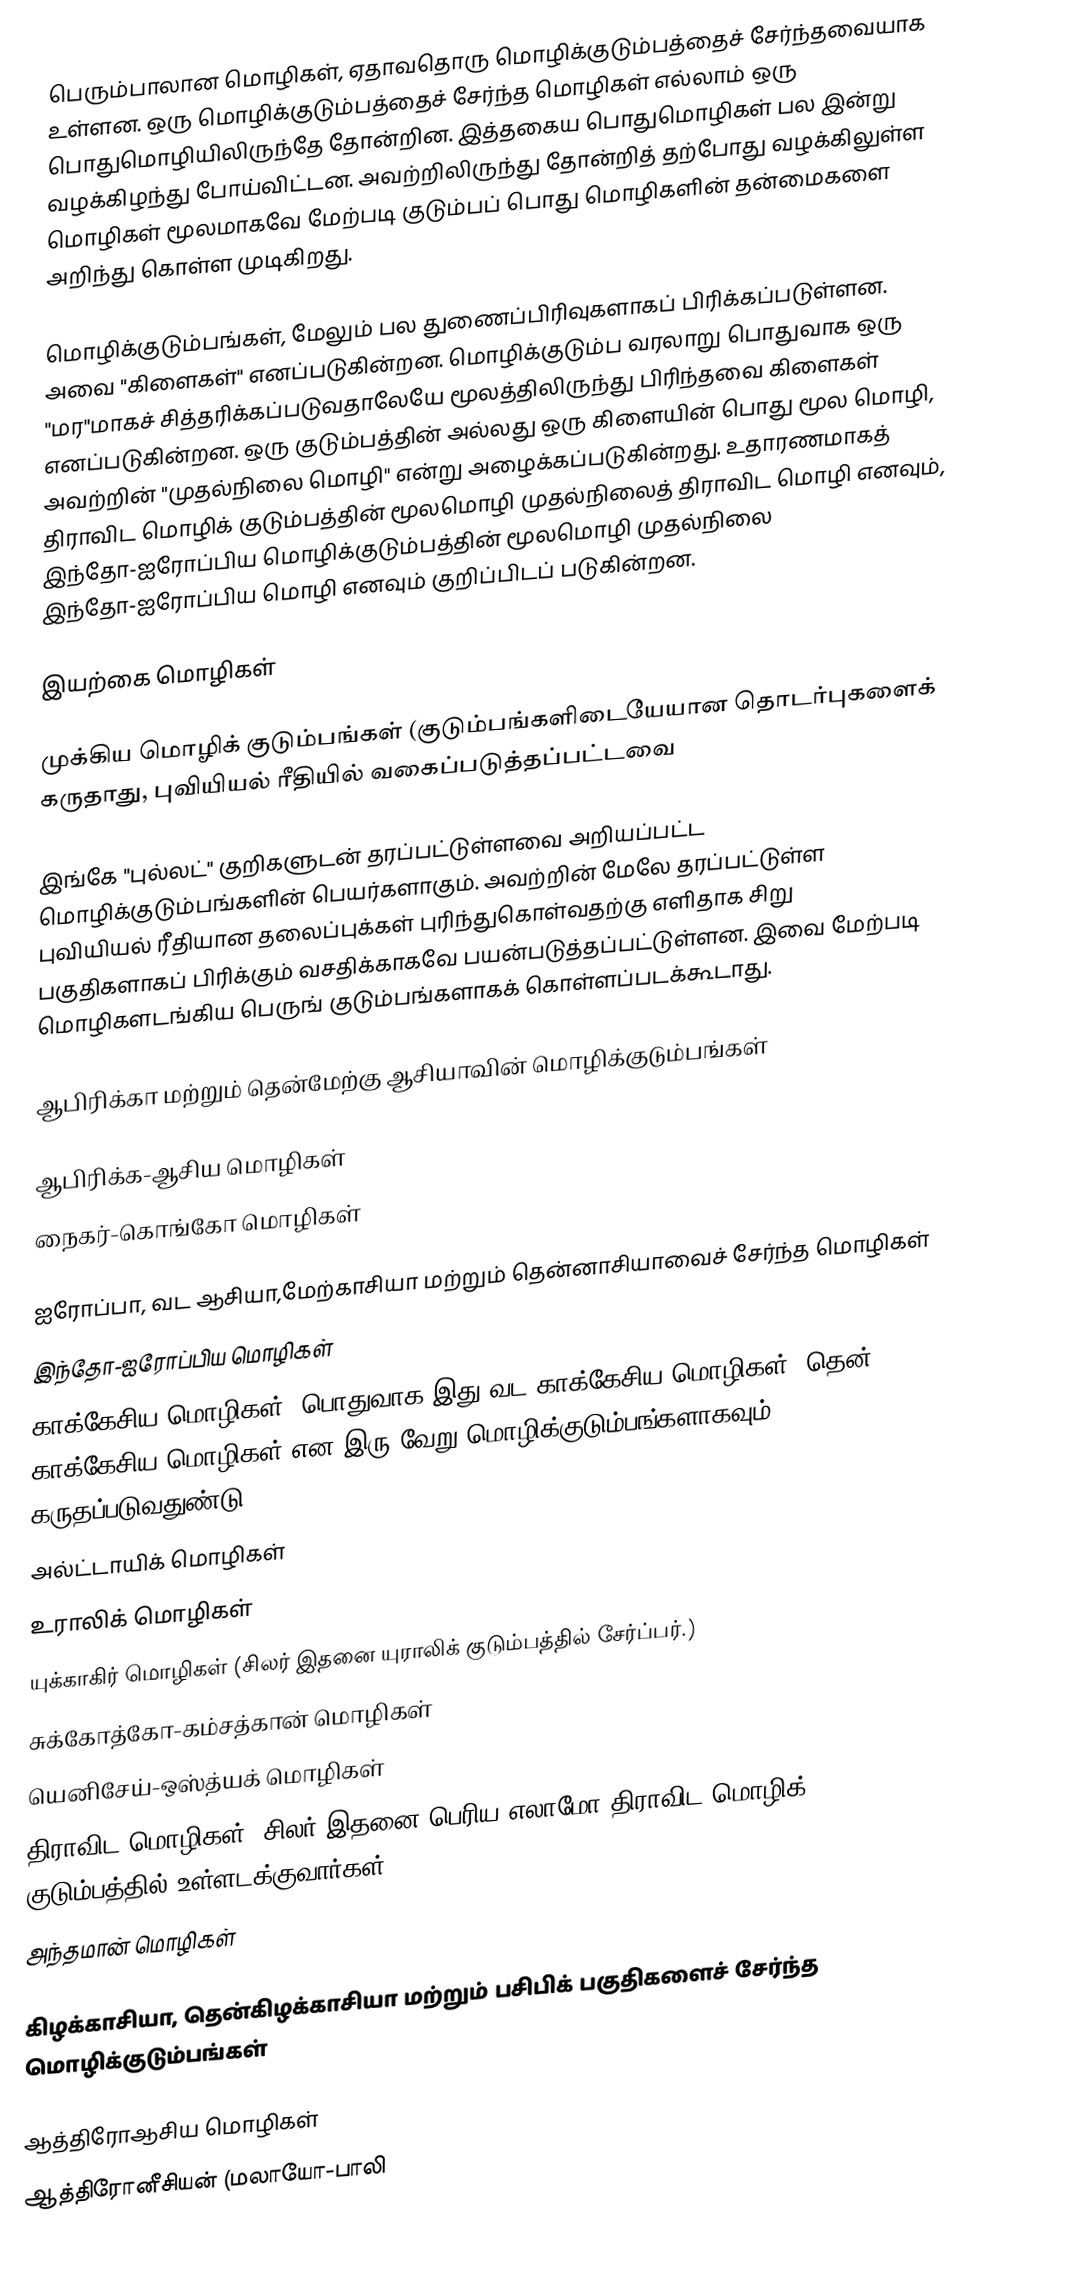
பெரும்பாலான மொழிகள், ஏதாவதொரு மொழிக்குடும்பத்தைச் சேர்ந்தவையாக உள்ளன. ஒரு மொழிக்குடும்பத்தைச் சேர்ந்த மொழிகள் எல்லாம் ஒரு பொதுமொழியிலிருந்தே தோன்றின. இத்தகைய பொதுமொழிகள் பல இன்று வழக்கிழந்து போய்விட்டன. அவற்றிலிருந்து தோன்றித் தற்போது வழக்கிலுள்ள மொழிகள் மூலமாகவே மேற்படி குடும்பப் பொது மொழிகளின் தன்மைகளை அறிந்து கொள்ள முடிகிறது.

மொழிக்குடும்பங்கள், மேலும் பல துணைப்பிரிவுகளாகப் பிரிக்கப்படுள்ளன. அவை "கிளைகள்" எனப்படுகின்றன. மொழிக்குடும்ப வரலாறு பொதுவாக ஒரு "மர"மாகச் சித்தரிக்கப்படுவதாலேயே மூலத்திலிருந்து பிரிந்தவை கிளைகள் எனப்படுகின்றன. ஒரு குடும்பத்தின் அல்லது ஒரு கிளையின் பொது மூல மொழி, அவற்றின் "முதல்நிலை மொழி"  என்று அழைக்கப்படுகின்றது. உதாரணமாகத் திராவிட மொழிக் குடும்பத்தின் மூலமொழி முதல்நிலைத் திராவிட மொழி எனவும், இந்தோ-ஐரோப்பிய மொழிக்குடும்பத்தின் மூலமொழி முதல்நிலை இந்தோ-ஐரோப்பிய மொழி எனவும் குறிப்பிடப் படுகின்றன.

இயற்கை மொழிகள்

முக்கிய மொழிக் குடும்பங்கள் (குடும்பங்களிடையேயான தொடர்புகளைக் கருதாது, புவியியல் ரீதியில் வகைப்படுத்தப்பட்டவை

இங்கே "புல்லட்" குறிகளுடன் தரப்பட்டுள்ளவை அறியப்பட்ட மொழிக்குடும்பங்களின் பெயர்களாகும். அவற்றின் மேலே தரப்பட்டுள்ள புவியியல் ரீதியான தலைப்புக்கள் புரிந்துகொள்வதற்கு எளிதாக சிறு பகுதிகளாகப் பிரிக்கும் வசதிக்காகவே பயன்படுத்தப்பட்டுள்ளன. இவை மேற்படி மொழிகளடங்கிய பெருங் குடும்பங்களாகக் கொள்ளப்படக்கூடாது.

ஆபிரிக்கா மற்றும் தென்மேற்கு ஆசியாவின் மொழிக்குடும்பங்கள்

 ஆபிரிக்க-ஆசிய மொழிகள்
 நைகர்-கொங்கோ மொழிகள்

ஐரோப்பா, வட ஆசியா,மேற்காசியா மற்றும் தென்னாசியாவைச் சேர்ந்த மொழிகள்
 இந்தோ-ஐரோப்பிய மொழிகள்
 காக்கேசிய மொழிகள் (பொதுவாக இது வட காக்கேசிய மொழிகள், தென் காக்கேசிய மொழிகள் என இரு வேறு மொழிக்குடும்பங்களாகவும் கருதப்படுவதுண்டு).
 அல்ட்டாயிக் மொழிகள்
 உராலிக் மொழிகள்
 யுக்காகிர் மொழிகள் (சிலர் இதனை யுராலிக் குடும்பத்தில் சேர்ப்பர்.)
 சுக்கோத்கோ-கம்சத்கான் மொழிகள்
 யெனிசேய்-ஒஸ்த்யக் மொழிகள்
 திராவிட மொழிகள் (சிலர் இதனை பெரிய எலாமோ-திராவிட மொழிக் குடும்பத்தில் உள்ளடக்குவார்கள்.)
 அந்தமான் மொழிகள்

கிழக்காசியா, தென்கிழக்காசியா மற்றும் பசிபிக் பகுதிகளைச் சேர்ந்த மொழிக்குடும்பங்கள்

 ஆத்திரோஆசிய மொழிகள்
 ஆத்திரோனீசியன் (மலாயோ-பாலி